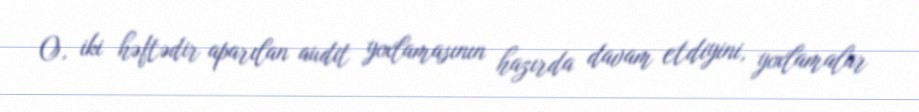
O, iki həftədir aparılan audit yoxlamasının hazırda davam etdiyini, yoxlamalar